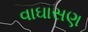
વાઘાસણ